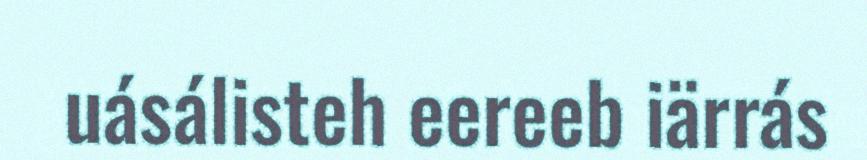
uásálisteh eereeb iärrás